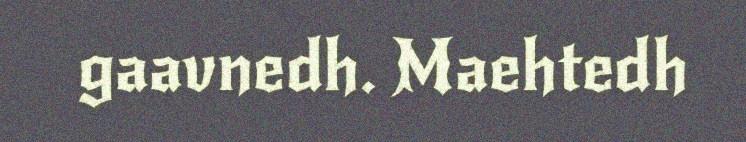
gaavnedh. Maehtedh